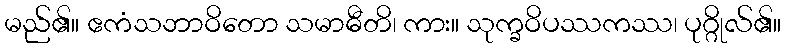
မည်၏။ ဧကံသဘာဝိတော သမာဓီတိ၊ ကား။ သုက္ခဝိပဿကဿ၊ ပုဂ္ဂိုလ်၏။